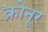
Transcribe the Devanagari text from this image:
क्रोनूर